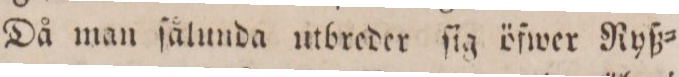
Då man ſålunda utbreder ſig öfwer Ryß=